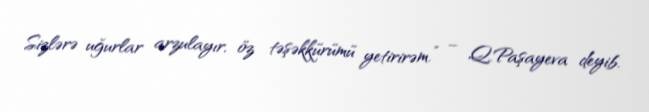
Sizlərə uğurlar arzulayır, öz təşəkkürümü yetirirəm.” – Q.Paşayeva deyib.